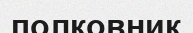
полковник